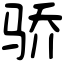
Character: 骄